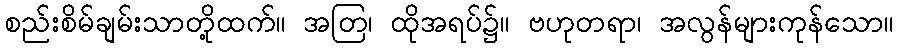
စည်းစိမ်ချမ်းသာတို့ထက်။ အတြ၊ ထိုအရပ်၌။ ဗဟုတရာ၊ အလွန်များကုန်သော။